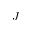
J